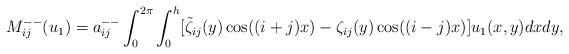
LaTeX: \begin{align*} M_{ij}^{--}(u_1)=a_{ij}^{--} \int_0^{2\pi} \int_0^h[\tilde \zeta_{i j}(y)\cos((i + j)x) - \zeta_{i j}(y)\cos((i - j)x)] u_1(x,y)dx dy,\end{align*}